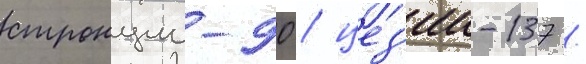
стронции-90 / цез'ии-137 /